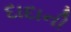
દાદાની